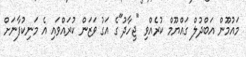
މައުމޫން އަބްދުލް ގައްޔޫމް ކުރެއްވި "ޖިހާދު"ގެ އަގު ވަޒަން ކުރައްވައި އެ މަނިކުފާނަށް